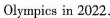
Olympics in 2022.